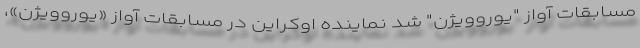
مسابقات آواز "یوروویژن" شد نماینده اوکراین در مسابقات آواز «یوروویژن»،